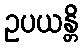
ဥပယန္တိ